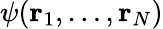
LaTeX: \psi(\mathbf{r}_{1},\dots,\mathbf{r}_{N})